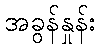
အခွန်နှုန်း